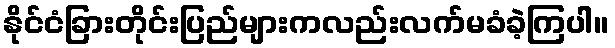
နိုင်ငံခြားတိုင်းပြည်များကလည်းလက်မခံခဲ့ကြပါ။